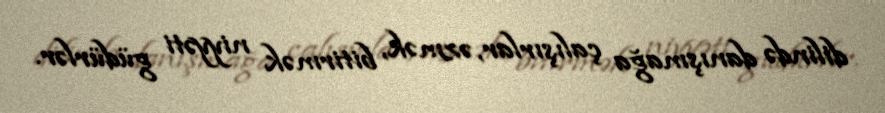
dilində danışmağa çalışırlar, əzmək, bitirmək niyyəti güdürlər.